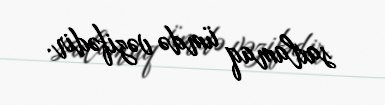
saxlamaq ümdə vəzifədir.